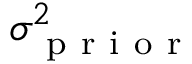
\sigma _ { \mathrm { ~ p ~ r ~ i ~ o ~ r ~ } } ^ { 2 }